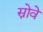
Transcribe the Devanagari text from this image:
स्नोवे